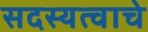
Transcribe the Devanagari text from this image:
सदस्यत्वाचे